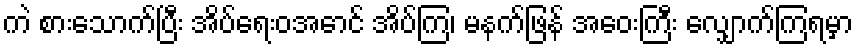
ကဲ စားသောက်ပြီး အိပ်ရေးဝအောင် အိပ်ကြ၊ မနက်ဖြန် အဝေးကြီး လျှောက်ကြရမှာ